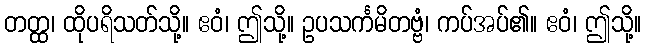
တတ္ထ၊ ထိုပရိသတ်သို့။ ဧဝံ၊ ဤသို့။ ဥပသင်္ကမိတဗ္ဗံ၊ ကပ်အပ်၏။ ဧဝံ၊ ဤသို့။